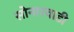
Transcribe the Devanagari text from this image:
सोनारवाडी